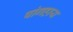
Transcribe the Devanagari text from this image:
षांगहाय